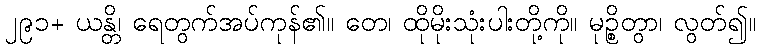
၂၉၁+ ယန္တိ၊ ရေတွက်အပ်ကုန်၏။ တေ၊ ထိုမိုးသုံးပါးတို့ကို။ မုဉ္စိတွာ၊ လွတ်၍။